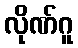
လိုဏ်ဂူ